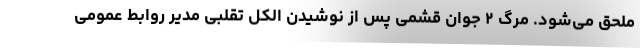
ملحق می‌شود. مرگ ۲ جوان قشمی پس از نوشیدن الکل تقلبی مدیر روابط عمومی